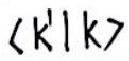
$\langle k'|k\rangle$